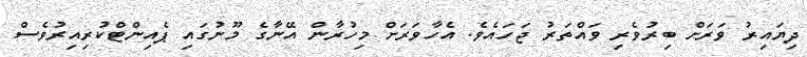
ދިޔައިރު ވަރަށް ބިރުވެރި ވައްތަރު ޖަހައެވެ. އެހާވަރަށް މިހުރާން އޭނާގެ މޫނުގައި ޕެއިންޓްކުރިއިރުވެސް